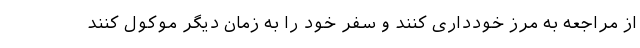
از مراجعه به مرز خودداری کنند و سفر خود را به زمان دیگر موکول کنند